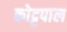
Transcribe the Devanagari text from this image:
कोट्टपाल